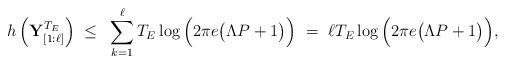
LaTeX: \begin{align*}h\left(\mathbf{Y}^{T_E}_{[1:\ell]}\right)&~\leq~ \sum_{k=1}^\ell T_E \log \Big(2\pi e \big( {\Lambda} P + 1 \big)\Big) ~=~\ell{T_E}\log \Big(2\pi e \big( {\Lambda} P + 1 \big)\Big) , \end{align*}